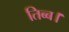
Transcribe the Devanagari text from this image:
तिब्ब।